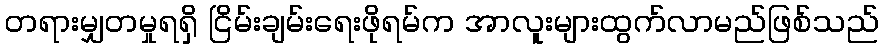
တရားမျှတမှုရရှိ ငြိမ်းချမ်းရေးဖိုရမ်က အာလူးများထွက်လာမည်ဖြစ်သည်